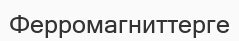
Ферромагниттерге